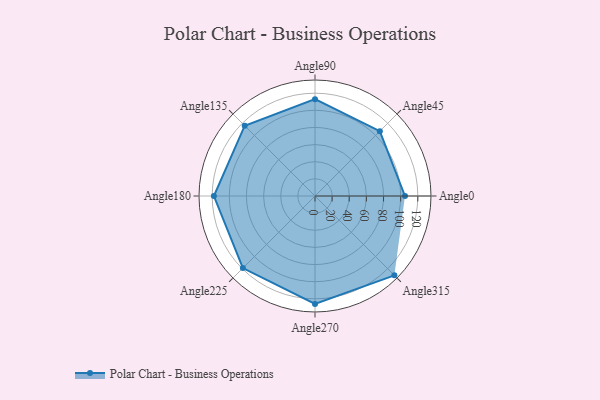
{"axis": {"x": "Angle", "y": "Radius"}, "legend": [""], "data": [{"x": "Angle0", "y": 105.0, "type": ""}, {"x": "Angle45", "y": 107.0, "type": ""}, {"x": "Angle90", "y": 113.0, "type": ""}, {"x": "Angle135", "y": 116.0, "type": ""}, {"x": "Angle180", "y": 118.0, "type": ""}, {"x": "Angle225", "y": 119.0, "type": ""}, {"x": "Angle270", "y": 126.0, "type": ""}, {"x": "Angle315", "y": 131.0, "type": ""}]}